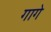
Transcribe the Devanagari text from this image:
गागे